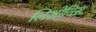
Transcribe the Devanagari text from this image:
लिओनिस